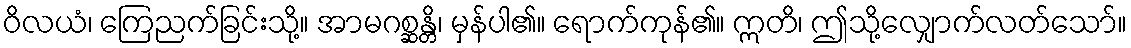
ဝိလယံ၊ ကြေညက်ခြင်းသို့။ အာမဂစ္ဆန္တိ၊ မှန်ပါ၏။ ရောက်ကုန်၏။ ဣတိ၊ ဤသို့လျှောက်လတ်သော်။